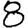
Digit: 8